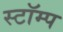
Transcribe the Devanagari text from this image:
स्टॉम्प